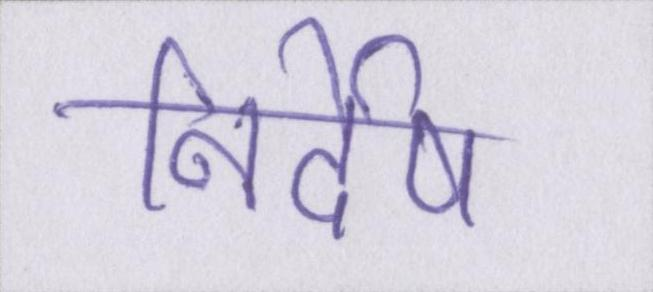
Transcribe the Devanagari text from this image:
निर्देष